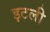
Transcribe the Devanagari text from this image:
इटली